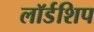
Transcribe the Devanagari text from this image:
लॉर्डशिप